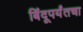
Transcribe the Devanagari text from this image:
बिंदूपर्यंतचा